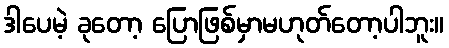
ဒါပေမဲ့ ခုတော့ ပြောဖြစ်မှာမဟုတ်တော့ပါဘူး။